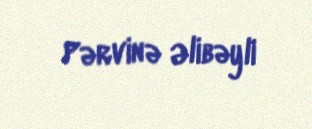
Pərvinə Əlibəyli